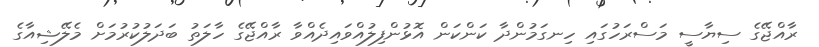
ރާއްޖޭގެ ސިޔާސީ މަސްރަހުގައި ހިނގަމުންދާ ކަންކަން އޮޅުންފިލުއްވައިދެއްވާ ރާއްޖޭގެ ހާލަތު ބަދަލުކުރުމަށް މެލޭޝިއާގެ